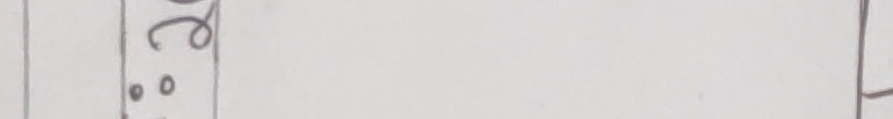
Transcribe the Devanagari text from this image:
ने. ३०